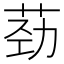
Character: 𫈎